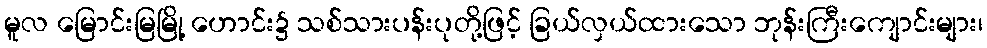
မူလ မြောင်းမြမြို့ ဟောင်း၌ သစ်သားပန်းပုတို့ဖြင့် ခြယ်လှယ်ထားသော ဘုန်းကြီးကျောင်းများ၊